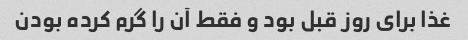
غذا برای روز قبل بود و فقط آن را گرم کرده بودن